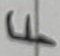
Text: F